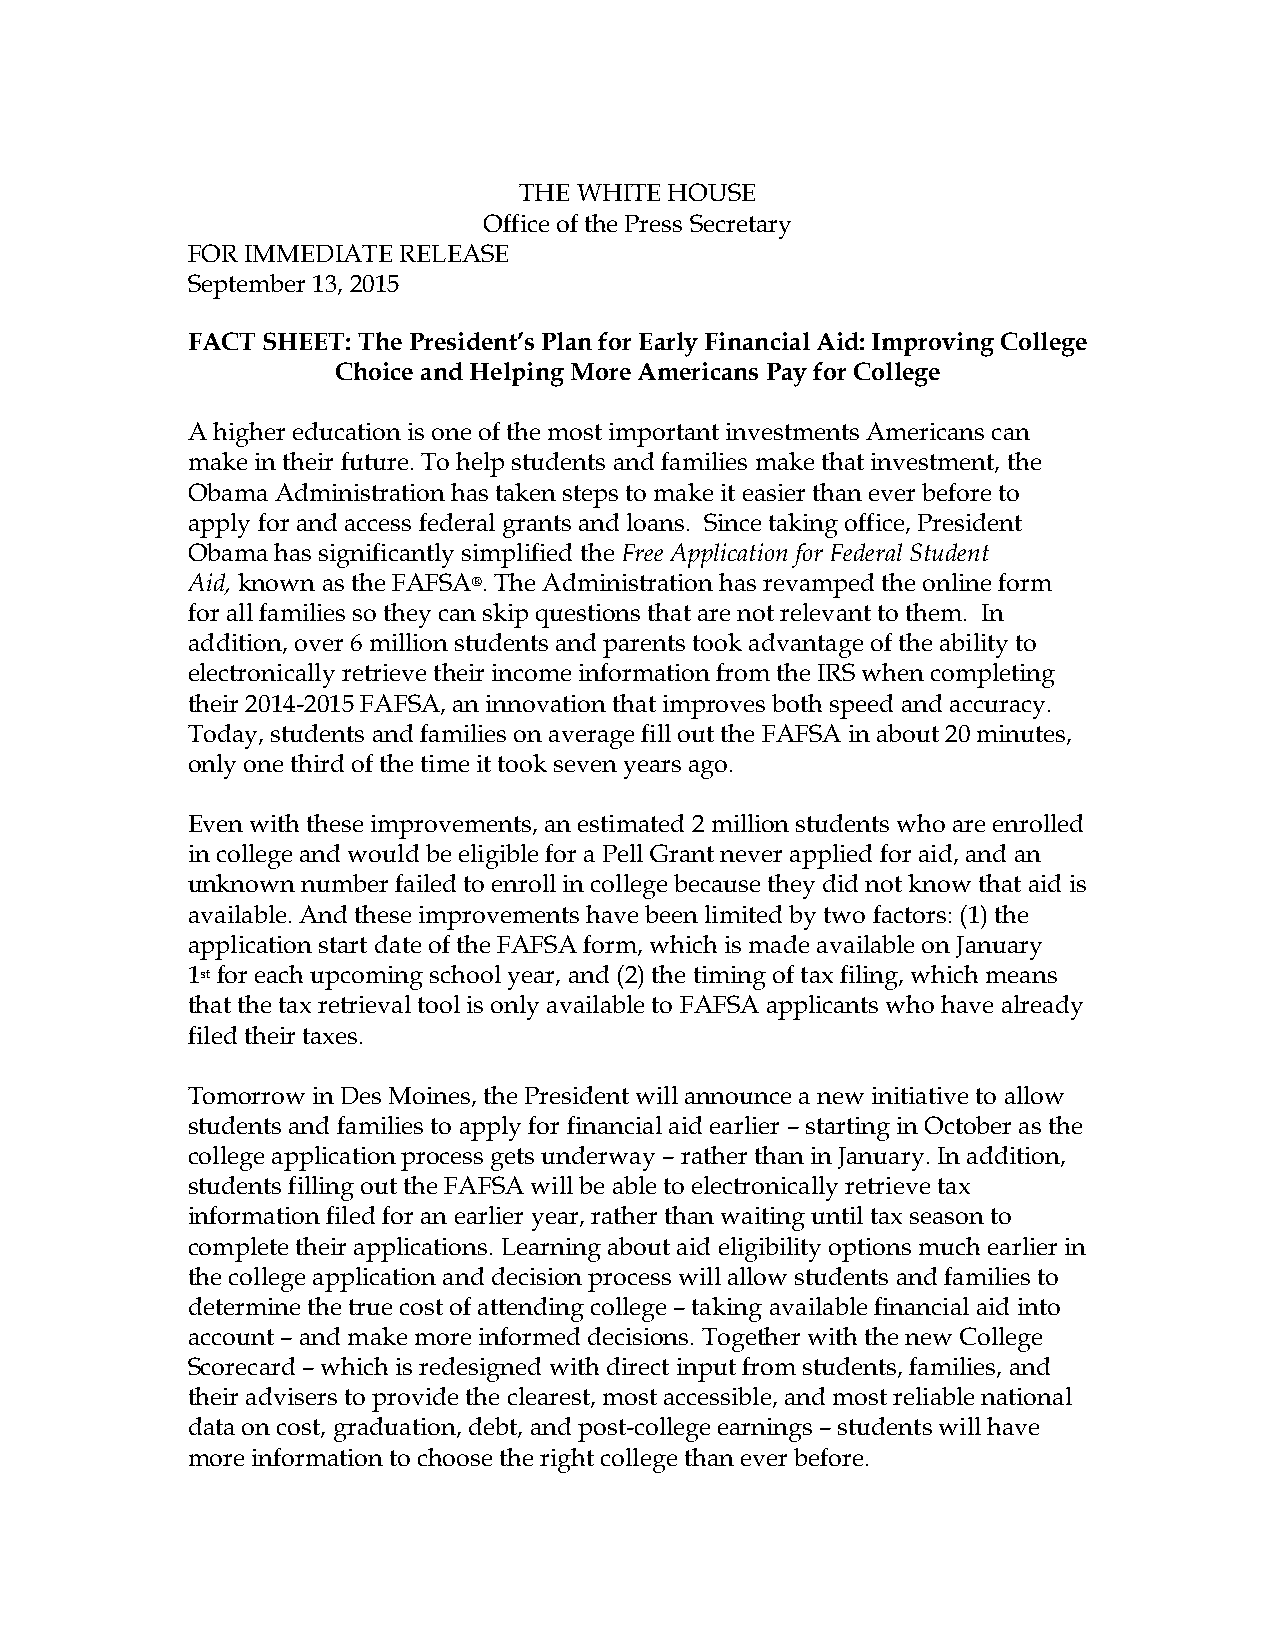
THE WHITE HOUSE
 Office of the Press Secretary
 FOR IMMEDIATE RELEASE
 September 13, 2015
 FACT SHEET: The President’s Plan for Early Financial Aid: Improving College
 Choice and Helping More Americans Pay for College
 A higher education is one of the most important investments Americans can
 make in their future. To help students and families make that investment, the
 Obama Administration has taken steps to make it easier than ever before to
 apply for and access federal grants and loans. Since taking office, President
 Obama has significantly simplified the Free Application for Federal Student
 Aid, known as the FAFSA®. The Administration has revamped the online form
 for all families so they can skip questions that are not relevant to them. In
 addition, over 6 million students and parents took advantage of the ability to
 electronically retrieve their income information from the IRS when completing
 their 2014-2015 FAFSA, an innovation that improves both speed and accuracy.
 Today, students and families on average fill out the FAFSA in about 20 minutes,
 only one third of the time it took seven years ago.
 Even with these improvements, an estimated 2 million students who are enrolled
 in college and would be eligible for a Pell Grant never applied for aid, and an
 unknown number failed to enroll in college because they did not know that aid is
 available. And these improvements have been limited by two factors: (1) the
 application start date of the FAFSA form, which is made available on January
 1st for each upcoming school year, and (2) the timing of tax filing, which means
 that the tax retrieval tool is only available to FAFSA applicants who have already
 filed their taxes.
 Tomorrow in Des Moines, the President will announce a new initiative to allow
 students and families to apply for financial aid earlier – starting in October as the
 college application process gets underway – rather than in January. In addition,
 students filling out the FAFSA will be able to electronically retrieve tax
 information filed for an earlier year, rather than waiting until tax season to
 complete their applications. Learning about aid eligibility options much earlier in
 the college application and decision process will allow students and families to
 determine the true cost of attending college – taking available financial aid into
 account – and make more informed decisions. Together with the new College
 Scorecard – which is redesigned with direct input from students, families, and
 their advisers to provide the clearest, most accessible, and most reliable national
 data on cost, graduation, debt, and post-college earnings – students will have
 more information to choose the right college than ever before.